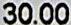
30.00